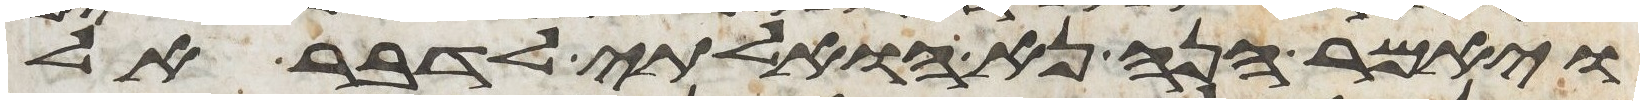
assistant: ויאמר הנה נא הואלתי לדבר אל